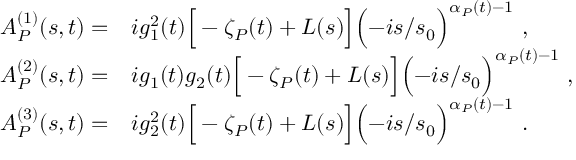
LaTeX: \begin{array} { l l l } { { A _ { \cal P } ^ { ( 1 ) } ( s , t ) = } } & { { i g _ { 1 } ^ { 2 } ( t ) \Big [ - \zeta _ { \cal P } ( t ) + L ( s ) \Big ] \Bigl ( - i s / s _ { 0 } \Bigr ) ^ { \alpha _ { \cal P } ( t ) - 1 } \ , } } \\ { { A _ { \cal P } ^ { ( 2 ) } ( s , t ) = } } & { { i g _ { 1 } ( t ) g _ { 2 } ( t ) \Big [ - \zeta _ { \cal P } ( t ) + L ( s ) \Big ] \Bigl ( - i s / s _ { 0 } \Bigr ) ^ { \alpha _ { \cal P } ( t ) - 1 } \ , } } \\ { { A _ { \cal P } ^ { ( 3 ) } ( s , t ) = } } & { { i g _ { 2 } ^ { 2 } ( t ) \Big [ - \zeta _ { \cal P } ( t ) + L ( s ) \Big ] \Bigl ( - i s / s _ { 0 } \Bigr ) ^ { \alpha _ { \cal P } ( t ) - 1 } \ . } } \end{array}